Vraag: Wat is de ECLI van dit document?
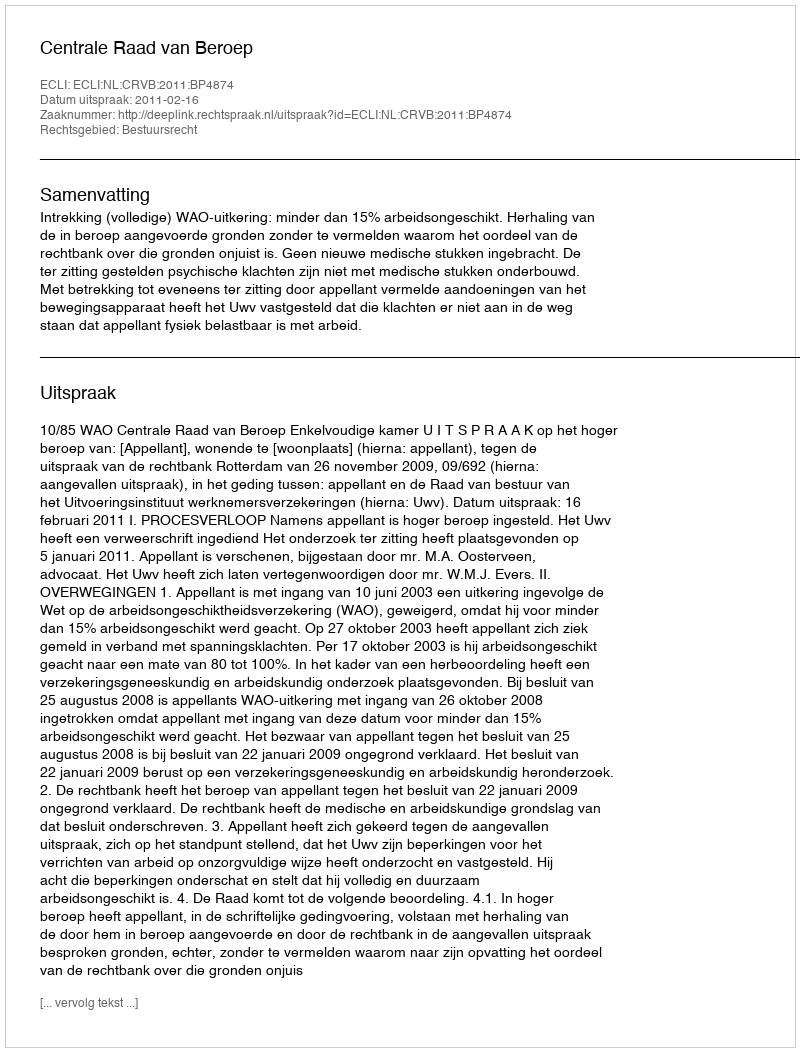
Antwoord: ECLI:NL:CRVB:2011:BP4874